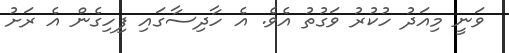
ވަނީ މިއަދު ހުކުރު ވަގުތު އެވެ. އެ ހާދިސާގައި ފިހިގެން އެ ރަށު